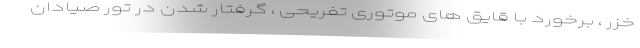
خزر ، برخورد با قایق های موتوری تفریحی ، گرفتار شدن در تور صیادان